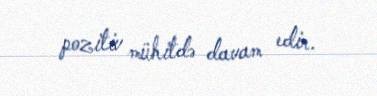
pozitiv mühitdə davam edir.